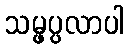
သမ္ဖပ္ပလာပါ